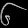
Digit: ၆